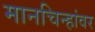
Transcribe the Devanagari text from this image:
मानचिन्हांवर